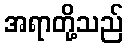
အရာတို့သည်